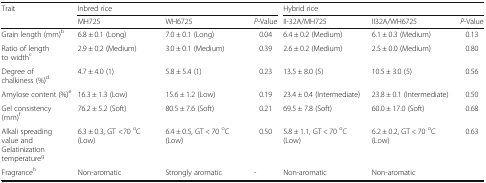
<table><thead><tr><td rowspan="2"><b>Trait</b></td><td colspan="3"><b>Inbred rice</b></td><td colspan="3"><b>Hybrid rice</b></td></tr><tr><td><b>MH725</b></td><td><b>WH6725</b></td><td><b><i>P</i>-Value</b></td><td><b>II-32A/MH725</b></td><td><b>II32A/WH6725</b></td><td><b><i>P</i>-Value</b></td></tr></thead><tbody><tr><td>Grain length (mm)<sup>b</sup></td><td>6.8 ± 0.1 (Long)</td><td>7.0 ± 0.1 (Long)</td><td>0.04</td><td>6.4 ± 0.2 (Medium)</td><td>6.1 ± 0.3 (Medium)</td><td>0.13</td></tr><tr><td>Ratio of length to width<sup>c</sup></td><td>2.9 ± 0.2 (Medium)</td><td>3.0 ± 0.1 (Medium)</td><td>0.39</td><td>2.6 ± 0.2 (Medium)</td><td>2.5 ± 0.0 (Medium)</td><td>0.80</td></tr><tr><td>Degree of chalkiness (%)<sup>d</sup></td><td>4.7 ± 4.0 (1)</td><td>5.8 ± 5.4 (1)</td><td>0.23</td><td>13.5 ± 8.0 (5)</td><td>10.5 ± 3.0 (5)</td><td>0.56</td></tr><tr><td>Amylose content (%)<sup>e</sup></td><td>16.3 ± 1.3 (Low)</td><td>15.6 ± 1.2 (Low)</td><td>0.19</td><td>23.4 ± 0.4 (Intermediate)</td><td>23.8 ± 0.1 (Intermediate)</td><td>0.50</td></tr><tr><td>Gel consistency (mm)<sup>f</sup></td><td>76.2 ± 5.2 (Soft)</td><td>80.5 ± 7.6 (Soft)</td><td>0.21</td><td>69.5 ± 7.8 (Soft)</td><td>60.0 ± 17.0 (Soft)</td><td>0.68</td></tr><tr><td>Alkali spreading value and Gelatinization temperature<sup>g</sup></td><td>6.3 ± 0.3, GT &lt;70 <sup>o</sup>C (Low)</td><td>6.4 ± 0.5, GT &lt; 70 <sup>o</sup>C (Low)</td><td>0.50</td><td>5.8 ± 1.1, GT &lt; 70 <sup>o</sup>C (Low)</td><td>6.2 ± 0.2, GT &lt; 70 <sup>o</sup>C (Low)</td><td>0.63</td></tr><tr><td>Fragrance<sup>h</sup></td><td>Non-aromatic</td><td>Strongly aromatic</td><td>-</td><td>Non-aromatic</td><td>Non-aromatic</td><td></td></tr></tbody></table>